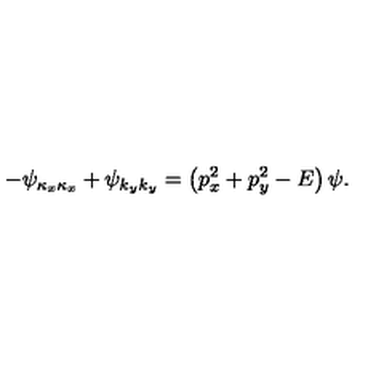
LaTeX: - \psi _ { \kappa _ { x } \kappa _ { x } } + \psi _ { k _ { y } k _ { y } } = \left( p _ { x } ^ { 2 } + p _ { y } ^ { 2 } - E \right) \psi .